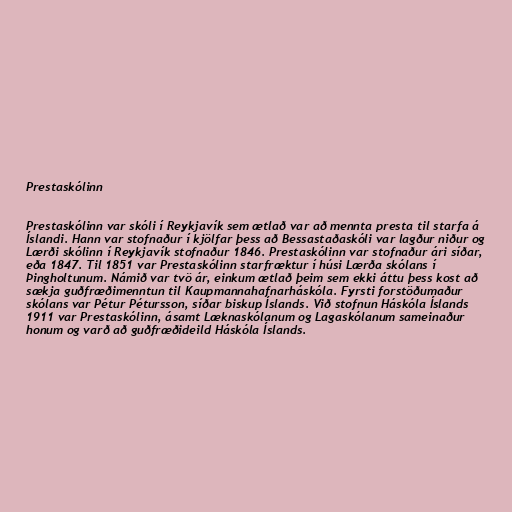
Prestaskólinn

Prestaskólinn var skóli í Reykjavík sem ætlað var að mennta presta til starfa á
Íslandi. Hann var stofnaður í kjölfar þess að Bessastaðaskóli var lagður niður og
Lærði skólinn í Reykjavík stofnaður 1846. Prestaskólinn var stofnaður ári síðar,
eða 1847. Til 1851 var Prestaskólinn starfræktur í húsi Lærða skólans í
Þingholtunum. Námið var tvö ár, einkum ætlað þeim sem ekki áttu þess kost að
sækja guðfræðimenntun til Kaupmannahafnarháskóla. Fyrsti forstöðumaður
skólans var Pétur Pétursson, síðar biskup Íslands. Við stofnun Háskóla Íslands
1911 var Prestaskólinn, ásamt Læknaskólanum og Lagaskólanum sameinaður
honum og varð að guðfræðideild Háskóla Íslands.